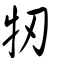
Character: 牣